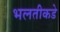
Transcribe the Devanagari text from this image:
भलतीकडे